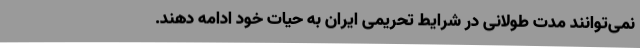
نمی‌توانند مدت طولانی در شرایط تحریمی ایران به حیات خود ادامه دهند.